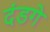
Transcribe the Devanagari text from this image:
दंडगे